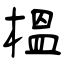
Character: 榲